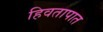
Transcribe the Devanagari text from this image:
हिवतापात